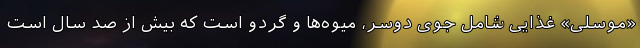
«موسلی» غذایی شامل جوی دوسر، میوه‌ها و گردو است که بیش از صد سال است